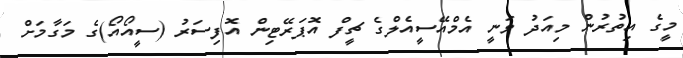
މީގެ އިތުރުން މިއަދު ވަނީ އެމްއޭސީއެލްގެ ޗީފް އޮޕަރޭޓިން އޮފިސަރު (ސީއޯއޯ)ގެ މަގާމަށް